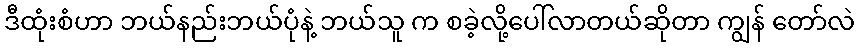
ဒီထုံးစံဟာ ဘယ်နည်းဘယ်ပုံနဲ့ ဘယ်သူ က စခဲ့လို့ပေါ်လာတယ်ဆိုတာ ကျွန် တော်လဲ